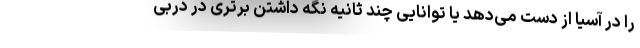
را در آسیا از دست می‌دهد یا توانایی چند ثانیه نگه داشتن برتری در دربی